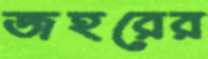
জহরের